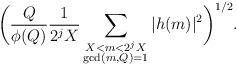
LaTeX: \begin{align*} \bigg(\frac{Q}{\phi(Q)} \frac{1}{2^j X} \sum_{\substack{X < m < 2^j X \\ \gcd(m,Q)=1 }} |h(m)|^2 \bigg)^{1/2}.\end{align*}